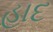
હાદ